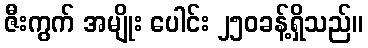
ဇီးကွက် အမျိုး ပေါင်း ၂၅၀ခန့်ရှိသည်။